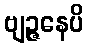
ဗျဉ္ဇနေပိ